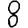
Digit: 8